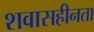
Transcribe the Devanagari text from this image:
शवासहीनता